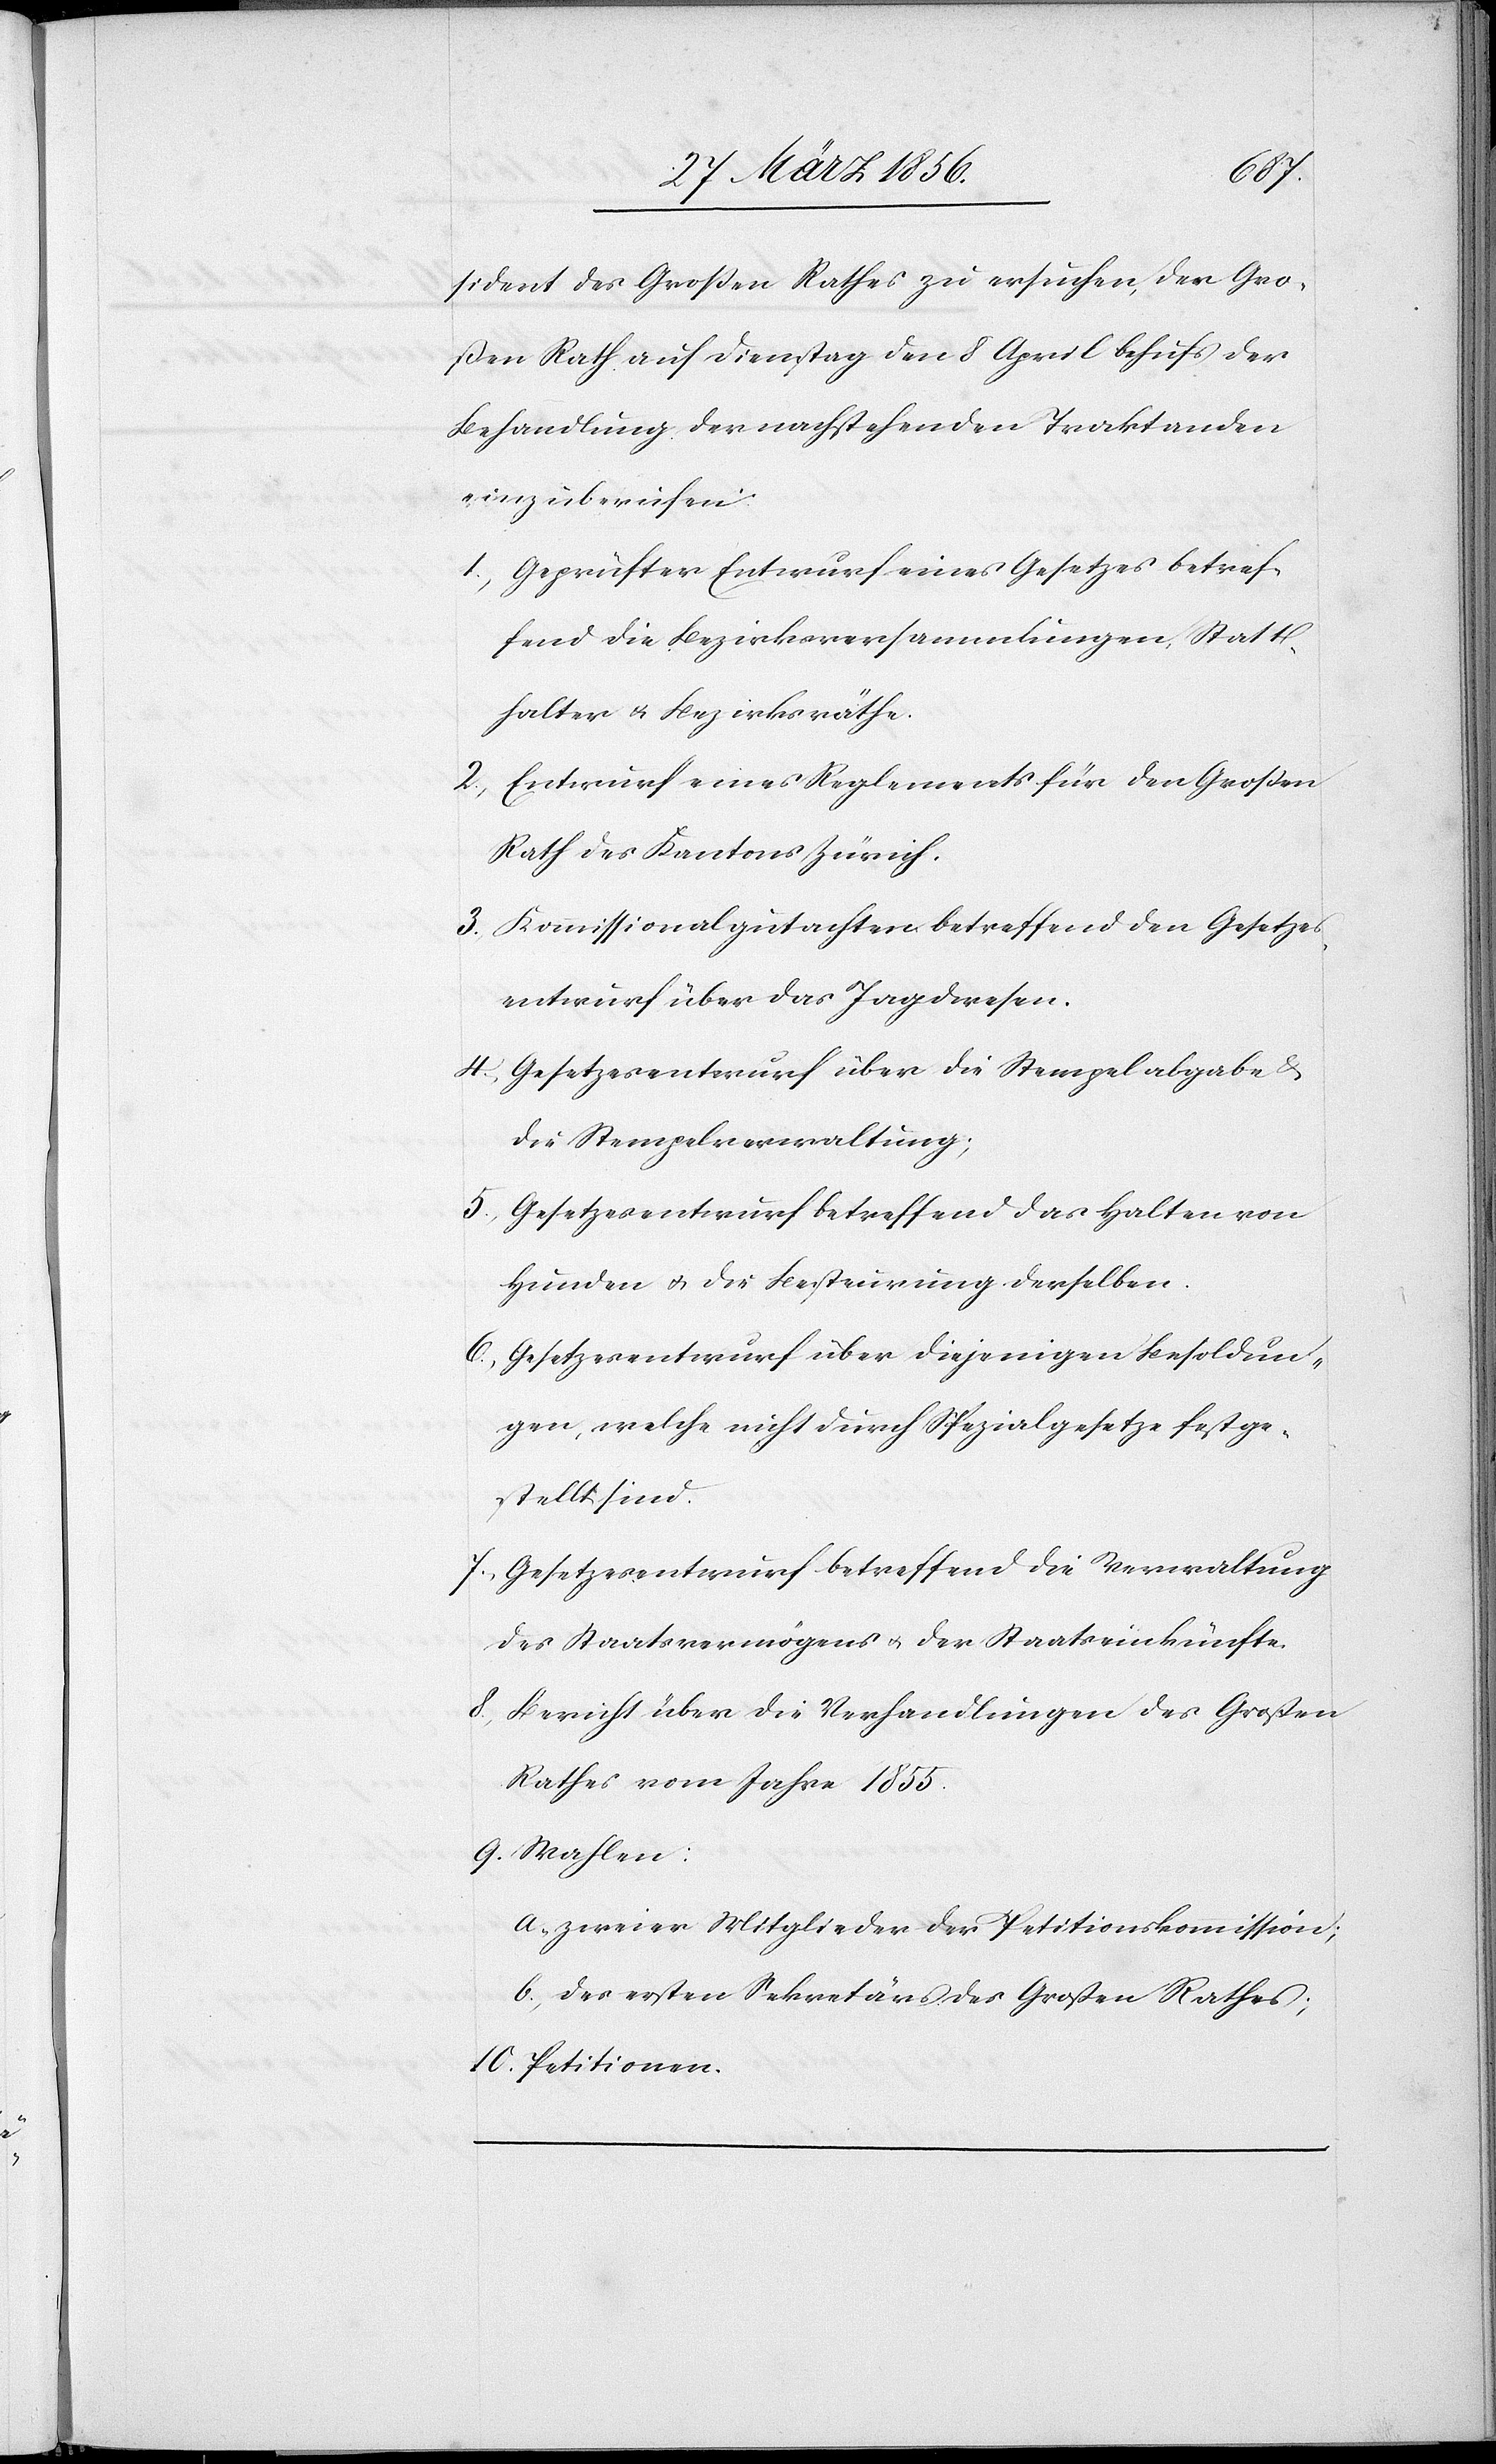
sident des Großen Rathes zu ersuchen, den Gro¬
ßen Rath auf Dienstag den 8 April behufs der
Behandlung der nachstehenden Traktanden
einzuberufen:
1., Geprüfter Entwurf eines Gesetzes betref¬
fend die Bezirksversammlung, Statt¬
halter u. Bezirksräthe.
2., Entwurf eines Reglements für den Großen
Rath des Kantons Zürich.
3., Kommissionalgutachten betreffend den Gesetzes¬
entwurf über das Jagdwesen.
4., Gesetzesentwurf über die Stempelabgabe
die Stempelverwaltung;
5., Gesetzesentwurf betreffend das Halten von
Hunden u. die Besteurung derselben.
6., Gesetzesentwurf über diejenigen Besoldun¬
gen, welche nicht durch Spezialgesetze festge¬
stellt sind.
7., Gesetzesentwurf betreffend die Verwaltung
des Staatsvermögens u. der Staatseinkünfte.
8., Bericht über die Verhandlungen des Großen
Rathes vom Jahre 1855.
9. Wahlen:
a., zweier Mitglieder der Petitionskommission;
b., des ersten Sekretärs des Großen Rathes;
10. Petitionen.